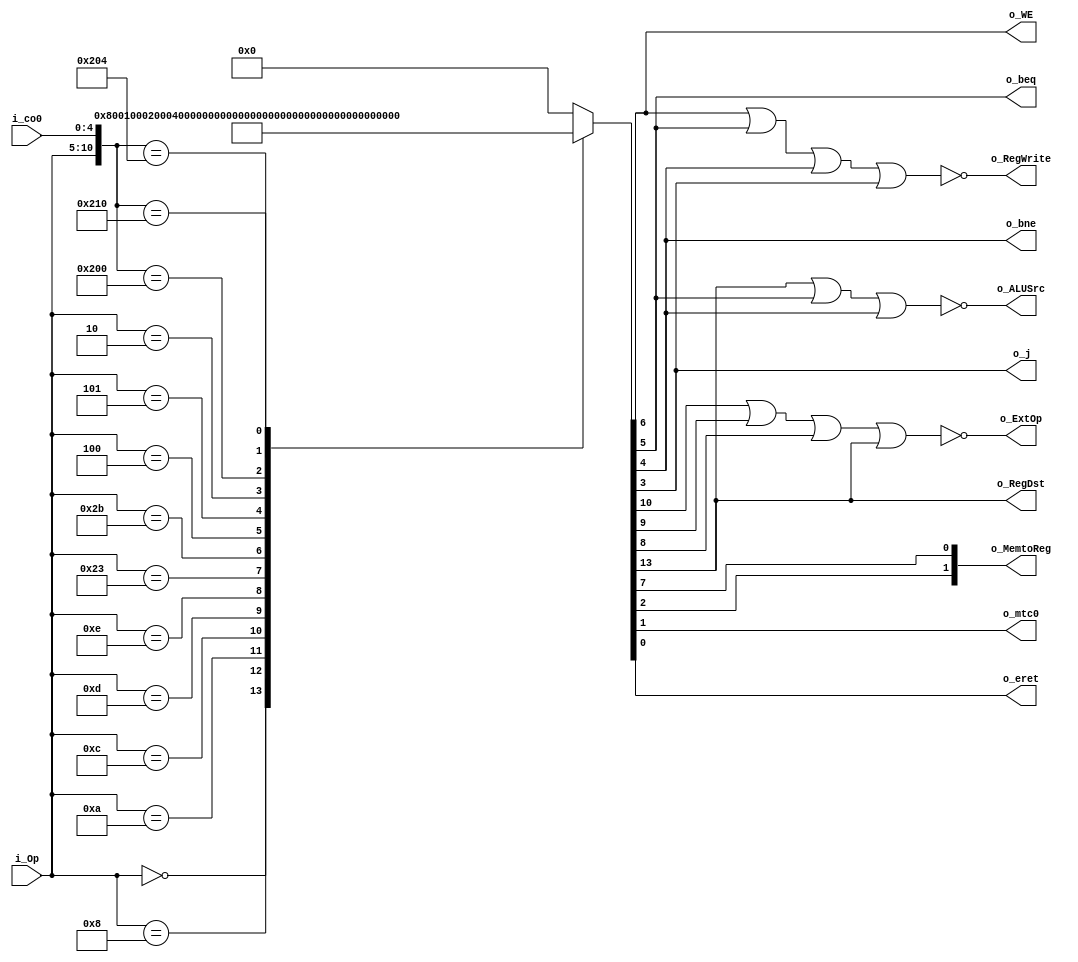
module MainControl(
	input [5:0] i_Op,
	input [4:0]i_co0,
	output o_RegDst,
	output o_RegWrite,
	output o_ExtOp,
	output o_ALUSrc,
	output o_WE,
	output [1:0] o_MemtoReg,
	output o_beq,
	output o_bne,
	output o_j,
	output o_mtc0,
	output o_eret
);
reg [1:0] MemtoReg;
reg Rtype, addi, slti, andi, ori, xori, lw, sw, beq, bne, j, mfc0, mtc0, eret;

assign o_RegDst = Rtype;	
assign o_RegWrite = ~(sw | beq | bne | j);
assign o_ExtOp = ~(andi | ori | xori | Rtype);
assign o_ALUSrc = ~(Rtype | beq | bne);
assign o_WE = sw;
assign o_MemtoReg = MemtoReg;
assign o_beq = beq;
assign o_bne = bne;
assign o_j = j;
assign o_mtc0 = mtc0;
assign o_eret = eret;
reg [13:0] control;


always @* begin
	MemtoReg[0] = lw;
	MemtoReg[1] = mfc0;
end

always @* begin
	{Rtype, addi, slti, andi, ori, xori, lw, sw, beq, bne, j, mfc0, mtc0, eret} = control;
end


always @* begin
casez({i_Op, i_co0})
	11'b000000?????: control = 14'b10000000000000; //Rtype
	11'b001000?????: control = 14'b01000000000000; //addi
	11'b001010?????: control = 14'b00100000000000; //slti
	11'b001100?????: control = 14'b00010000000000; //andi
	11'b001101?????: control = 14'b00001000000000; //ori
	11'b001110?????: control = 14'b00000100000000; //xori
	11'b100011?????: control = 14'b00000010000000; //lw 
	11'b101011?????: control = 14'b00000001000000; //sw
	11'b000100?????: control = 14'b00000000100000; // beq
	11'b000101?????: control = 14'b00000000010000; // bne
	11'b000010?????: control = 14'b00000000001000; // j
	11'b01000000000: control = 14'b00000000000100; // mfc0
	11'b01000000100: control = 14'b00000000000010; // mtc0
	11'b01000010000: control = 14'b00000000000001; // ERET
								
	  default   :  control = 14'b0;
           
endcase
end
endmodule